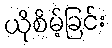
ယိုစိမ့်ခြင်း